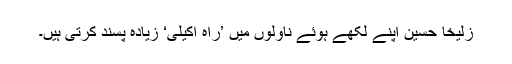
زُلیخا حُسین اپنے لکھے ہوئے ناولوں میں ’راہ اکیلی‘ زیادہ پسند کرتی ہیں۔